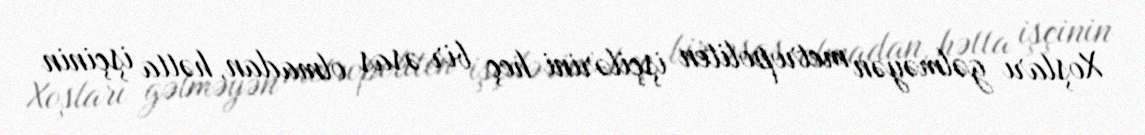
Xoşları gəlməyən metropoliten işçilərini heç bir əsas olmadan, hətta işçinin